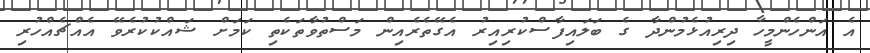
އެ އަންހެންމީހާ ދިރިއުޅެމުންދާ ގެ ބަލައިފާސްކުރިއިރު އެގޭތެރެއިން މަސްތުވާތަކެތި ކަމަށް ޝައްކުކުރެވޭ އެއްޗެއްހުރި